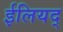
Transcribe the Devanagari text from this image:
ईलियद्